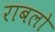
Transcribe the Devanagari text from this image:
राबलो